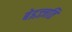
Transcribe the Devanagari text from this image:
बेइज़्ज़ति